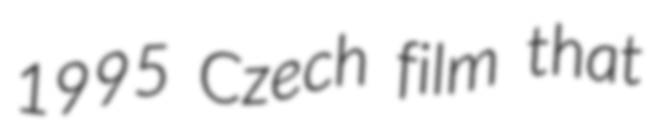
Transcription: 1995 Czech film that